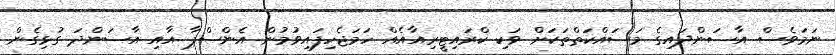
ނަމަވެސް އާސަންދައިގެ މަސައްކަތްތަކަށް ވަކި ކްރައިޓީރިއާއެއް ހަމަޖެހިފައިވުމުން އެންސްޕާ އާއި އާސަންދަ ގުޅިގެން